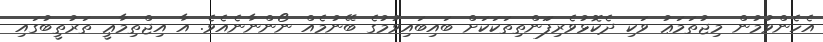
އެހެންވުމުން މިޖުތަމަޢު ވަކި ދެކޮޅުވެރިފަަންތިތަކަކަށް ބައިބައިވުމުގެ ބޭނުމެއް ނޯންނާނެއެވެ. އާ އިޖްތިމާޢީ ތަރުތީބުގައި